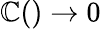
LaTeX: \mathbb{C}()\rightarrow0